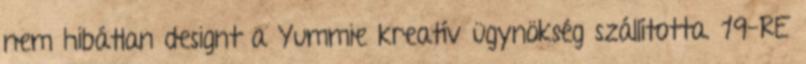
nem hibátlan designt a Yummie kreatív ügynökség szállította. 19-RE